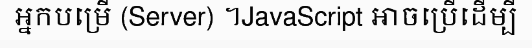
អ្នកបម្រើ (Server) ។JavaScript អាចប្រើដើម្បី